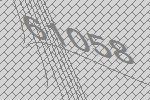
61058